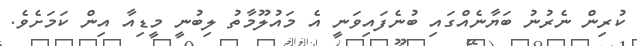
ކުރިން ނެރުނު ބަޔާނެއްގައި ބުނެފައިވަނީ އެ މައުލޫމާތު ލިބުނީ މީޑިއާ އިން ކަމަށެވެ.